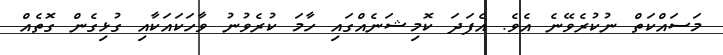
މަސައްކަތް ނުކުރެވޭނެ އެވެ. އެފަދަ ކޮމިޝަނެއްގައި ހާމަ ކުރެވުނު ވާހަކައަކާއި ގުޅިގެން ގޮތެއް